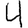
Digit: 4